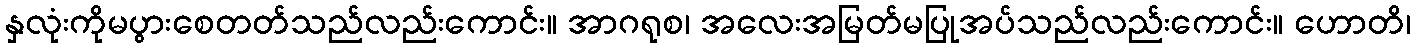
နှလုံးကိုမပွားစေတတ်သည်လည်းကောင်း။ အာဂရုစ၊ အလေးအမြတ်မပြုအပ်သည်လည်းကောင်း။ ဟောတိ၊